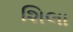
શિલા